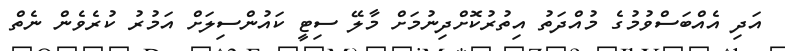
އަދި އެއްބަސްވުމުގެ މުއްދަތު އިތުރުކޮށްދިނުމަށް މާލޭ ސިޓީ ކައުންސިލަށް އަމުރު ކުރެވެން ނެތް